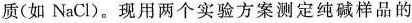
质(如NaCl)。现用两个实验方案测定纯碱样品的